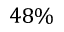
4 8 \%